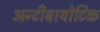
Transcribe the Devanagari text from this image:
अन्टीबायोटिक